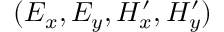
( E _ { x } , E _ { y } , H _ { x } ^ { \prime } , H _ { y } ^ { \prime } )